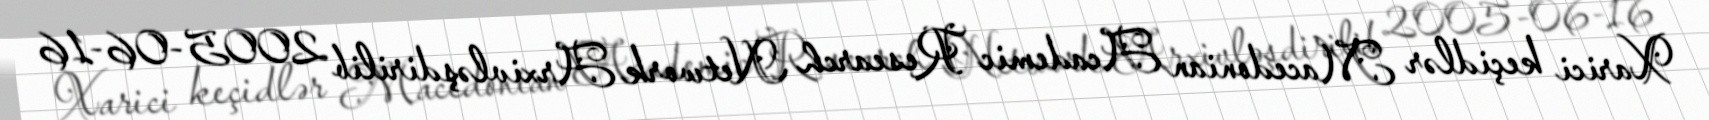
Xarici keçidlər Macedonian Academic Research Network Arxivləşdirilib 2005-06-16